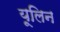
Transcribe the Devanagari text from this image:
यूलिन